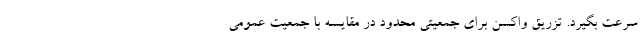
سرعت بگیرد. تزریق واکسن برای جمعیتی محدود در مقایسه با جمعیت عمومی